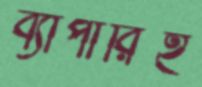
ব্যাপারিই